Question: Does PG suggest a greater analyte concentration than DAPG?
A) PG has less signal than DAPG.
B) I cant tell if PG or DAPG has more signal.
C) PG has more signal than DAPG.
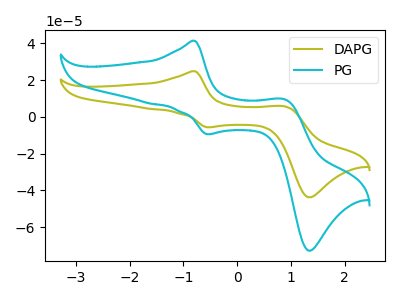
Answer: <think>The olive curve "DAPG" has anodic peaks at (-0.80V, 24.85uA) (0.90V, 5.70uA) and cathodic peaks at (-0.55V, -5.65uA) (1.35V, -43.70uA). The cyan curve "PG" has anodic peaks at (-0.80V, 41.35uA) (0.90V, 9.50uA) and cathodic peaks at (-0.55V, -9.40uA) (1.35V, -72.70uA).
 All the peaks in "PG" have a peak in "DAPG" at the same potential. Every peak in "PG" is higher than every peak in "DAPG".</think>
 <answer>C) "PG" has more signal than "DAPG".</answer>
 <eval>C</eval>